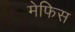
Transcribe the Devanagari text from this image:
मेफिस